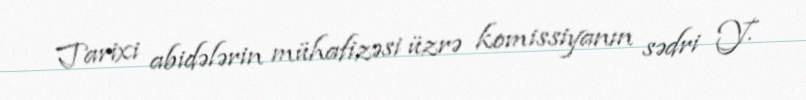
Tarixi abidələrin mühafizəsi üzrə komissiyanın sədri Y.